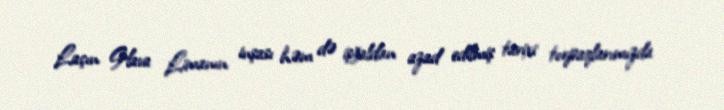
Laçın Hava Limanın inşası həm də işğaldan azad edilmiş tarixi torpaqlarımızda